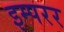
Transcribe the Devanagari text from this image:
इम्परर